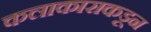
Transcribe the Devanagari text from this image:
कलाकाराकडून